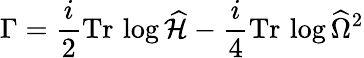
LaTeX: \Gamma={\frac{i}{2}}\mathrm{Tr}\, \log\widehat{\cal H}-\frac{i}{4}\mathrm{Tr}\, \log\widehat{\Omega}^{2}